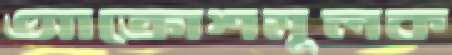
আক্রোশমূলক